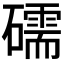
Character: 礝